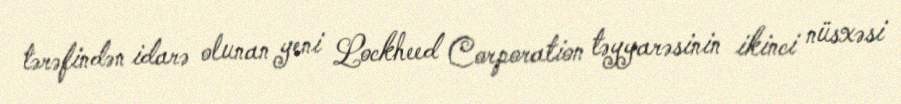
tərəfindən idarə olunan yeni Lockheed Corporation təyyarəsinin ikinci nüsxəsi